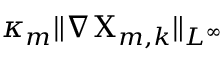
\kappa _ { m } \| \nabla { \Chi } _ { m , k } \| _ { L ^ { \infty } }